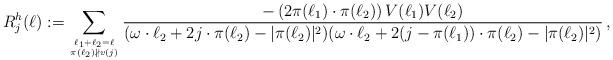
LaTeX: \begin{align*}R_j^h(\ell):= \sum_{ \ell_1+\ell_2=\ell \atop \pi(\ell_2) \nparallel v(j)} \frac{-\left(2\pi(\ell_1)\cdot\pi(\ell_2)\right) V(\ell_1) V(\ell_2)}{(\omega\cdot \ell_2 + 2 j \cdot \pi(\ell_2) - |\pi(\ell_2)|^2)(\omega\cdot \ell_2 + 2 (j-\pi(\ell_1)) \cdot \pi(\ell_2) - |\pi(\ell_2)|^2)}\,,\end{align*}